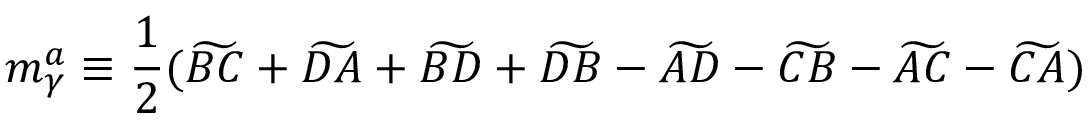
m _ { \gamma } ^ { a } \equiv \frac { 1 } { 2 } ( \widetilde { B C } + \widetilde { D A } + \widetilde { B D } + \widetilde { D B } - \widetilde { A D } - \widetilde { C B } - \widetilde { A C } - \widetilde { C A } )